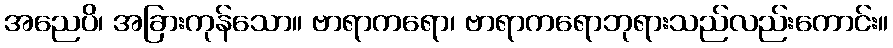
အညေပိ၊ အခြားကုန်သော။ ဗာရာကရော၊ ဗာရာကရောဘုရားသည်လည်းကောင်း။